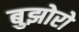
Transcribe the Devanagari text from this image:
बुझोरो